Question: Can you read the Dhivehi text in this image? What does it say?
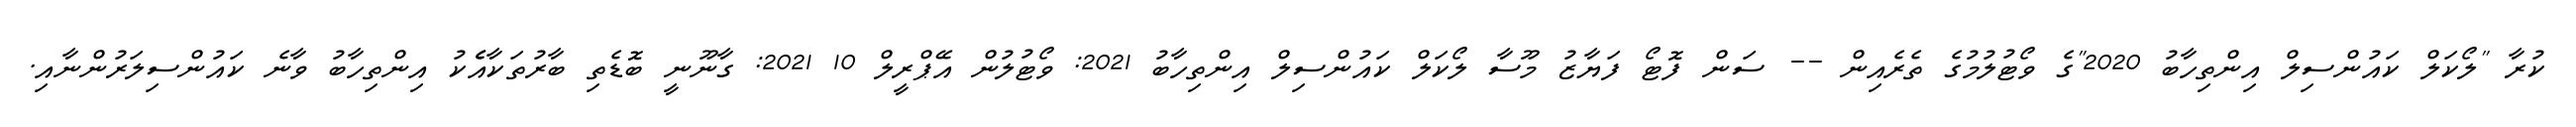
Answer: ކުރާ "ލޯކަލް ކައުންސިލް އިންތިހާބު 2020"ގެ ވޯޓުލުމުގެ ތެރެއިން -- ސަން ފޮޓޯ ފަޔާޒު މޫސާ ލޯކަލް ކައުންސިލް އިންތިހާބު 2021: ވޯޓުލުން އޭޕްރީލް 10 2021: ގާނޫނީ ބޮޑެތި ބާރުތަކާއެެކު އިންތިހާބު ވާނެ ކައުންސިލަރުންނާއި.